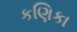
કણિકા